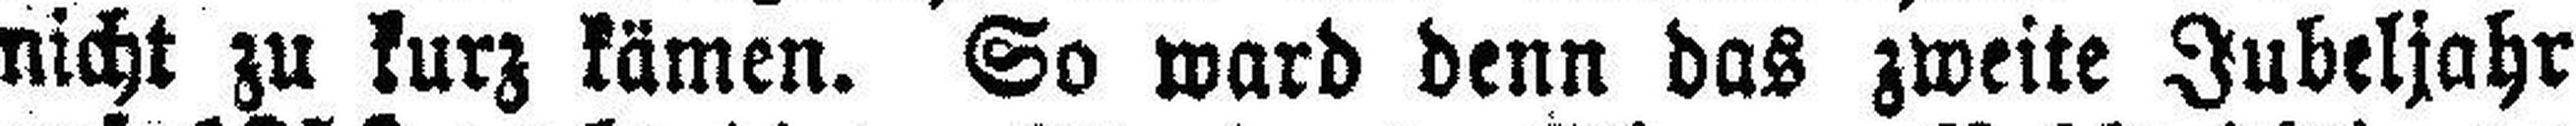
nicht zu kurz kämen. So ward denn das zweite Jubeljahr